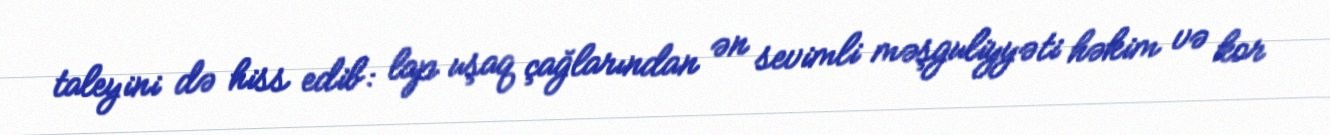
taleyini də hiss edib: lap uşaq çağlarından ən sevimli məşguliyyəti həkim və kor